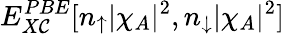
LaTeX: E_{X\mathcal{C}}^{PBE}[n_{\uparrow}|\chi_{A}|^{2},n_{\downarrow}|\chi_{A}|^{2}]